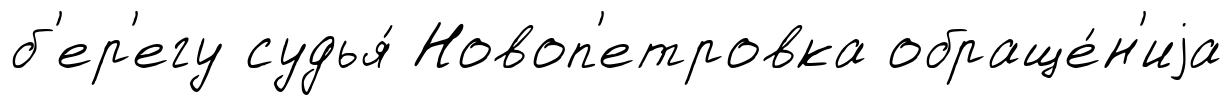
б'ер'егу судья́ Новоп'етровка обраще́н'иjа